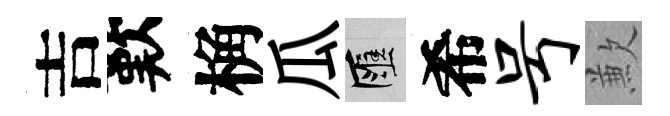
吉歎桷瓜匯希号歉